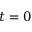
t = 0